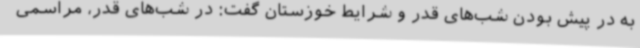
به در پیش بودن شب‌های قدر و شرایط خوزستان گفت: در شب‌های قدر، مراسمی